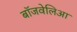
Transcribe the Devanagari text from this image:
बॉजवेलिआ